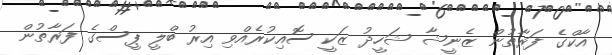
އާކްގެ ފަރާތުން ޒެނީޝާ ޝަހީދު ޒަކީ ސޮއިކުރެއްވި އިރު ބްލީ ޕީސްގެ ފަރާތުން